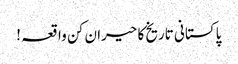
پاکستانی تاریخ کا حیران کن واقعہ !